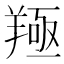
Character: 𦎢